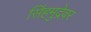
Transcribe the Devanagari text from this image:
सिंहमुद्रेवर